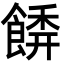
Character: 𩝂